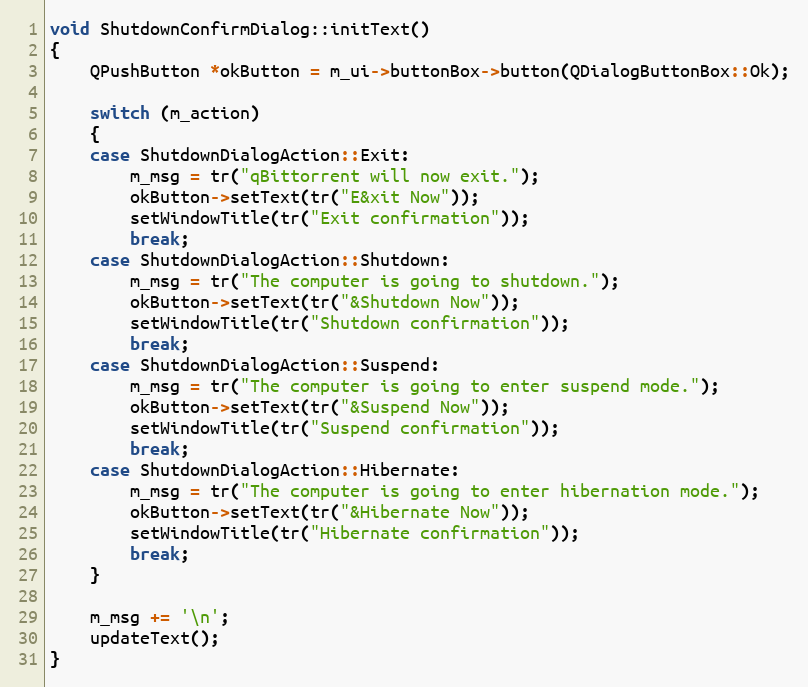
Language: C++
void ShutdownConfirmDialog::initText()
{
    QPushButton *okButton = m_ui->buttonBox->button(QDialogButtonBox::Ok);

    switch (m_action)
    {
    case ShutdownDialogAction::Exit:
        m_msg = tr("qBittorrent will now exit.");
        okButton->setText(tr("E&xit Now"));
        setWindowTitle(tr("Exit confirmation"));
        break;
    case ShutdownDialogAction::Shutdown:
        m_msg = tr("The computer is going to shutdown.");
        okButton->setText(tr("&Shutdown Now"));
        setWindowTitle(tr("Shutdown confirmation"));
        break;
    case ShutdownDialogAction::Suspend:
        m_msg = tr("The computer is going to enter suspend mode.");
        okButton->setText(tr("&Suspend Now"));
        setWindowTitle(tr("Suspend confirmation"));
        break;
    case ShutdownDialogAction::Hibernate:
        m_msg = tr("The computer is going to enter hibernation mode.");
        okButton->setText(tr("&Hibernate Now"));
        setWindowTitle(tr("Hibernate confirmation"));
        break;
    }

    m_msg += '\n';
    updateText();
}